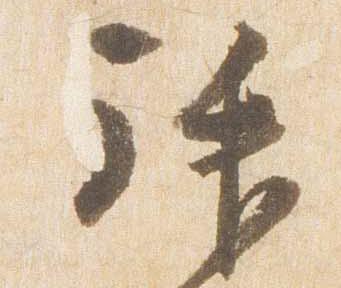
拝